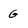
Character: G